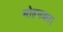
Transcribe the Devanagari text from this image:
मोहनकार